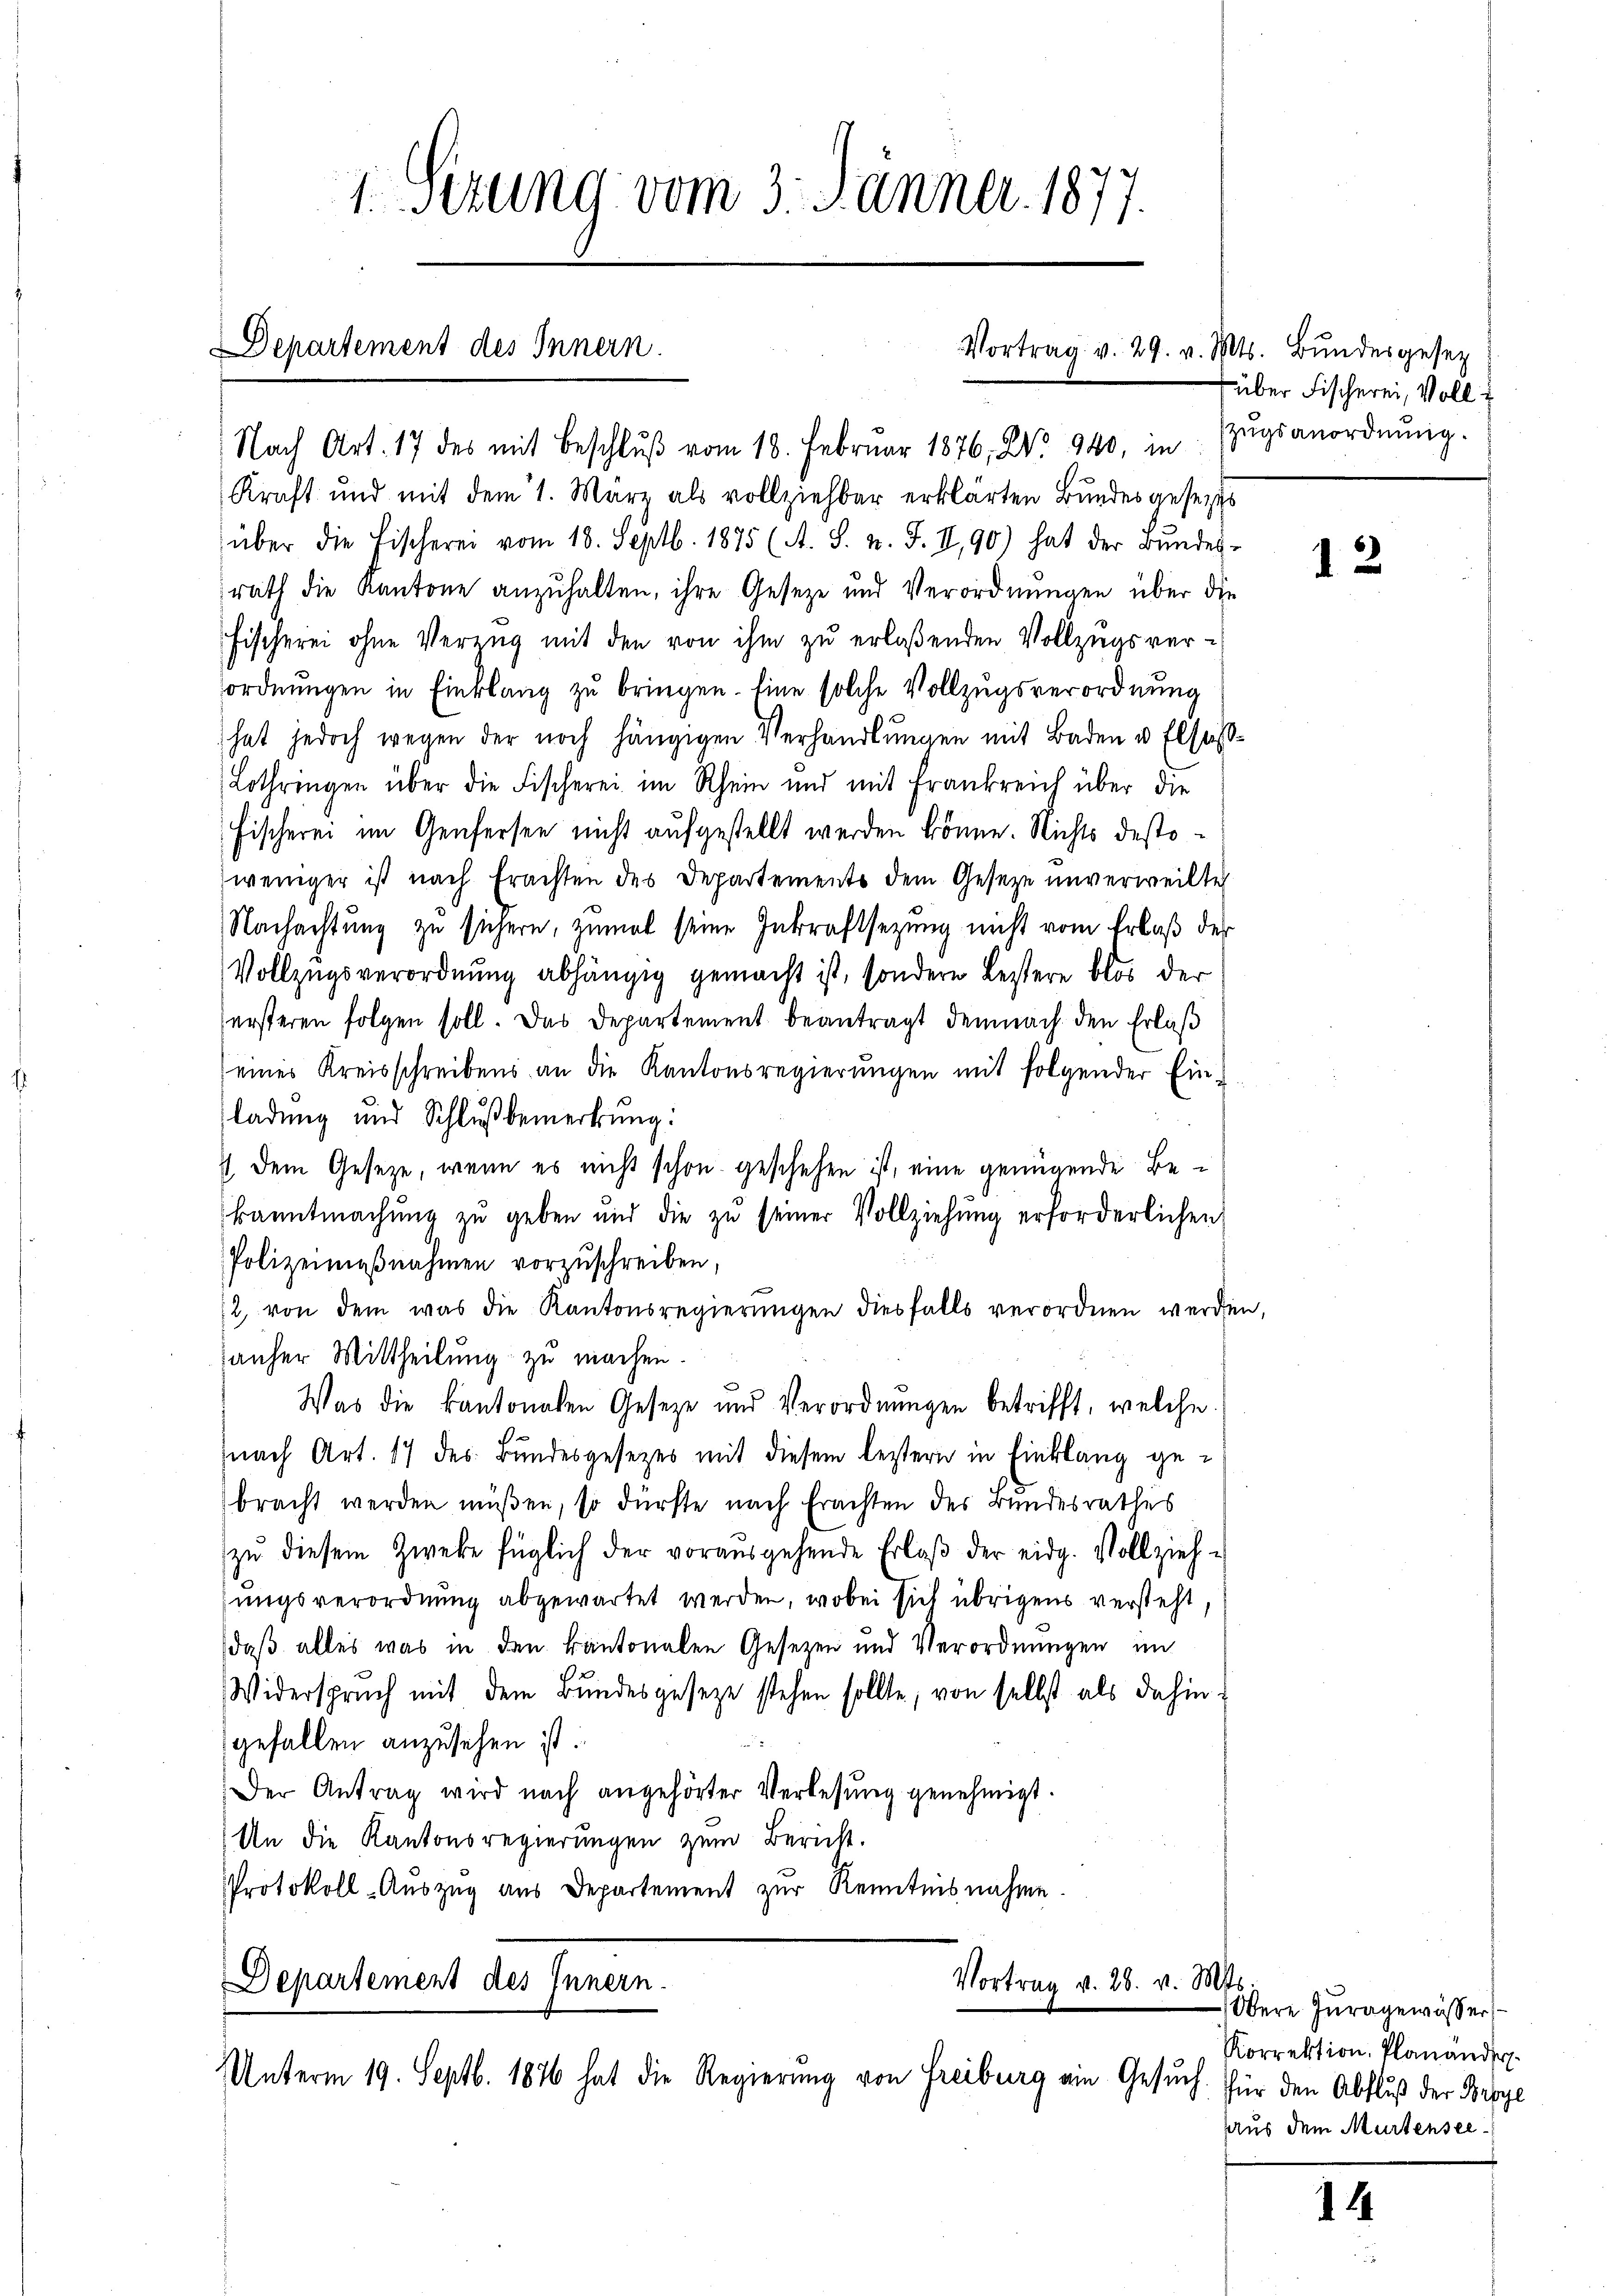
1 Sizung vom 3. Jänner 1877.

Departement des Innern.

Nach Art. 17 des mit Beschlŭβ vom 18. Febrŭar 1876. No. 940, in Zŭgsanordnŭng.
Kraft und mit dem 1. März als vollziehbar erklärten Bŭndesgesezes
über die Fischerei vom 18. Septb. 1875 (A. S. n. F. II, 90) hat der Bŭndes-
rath die Kantone anzuhalten, ihre Geseze und Verordnungen über die
Fischerei ohne Verzug mit den von ihm zu erlaßenden Vollzugsverordnungen in Einklang zu bringen. Eine solche Vollzugsverordnung
hat jedoch wegen der noch hängigen Verhandlungen mit Baden u. Elsas¬
Lothringen über die Fischerei im Rhein und mit Frankreich über die
Fischerei im Genfersen nicht aufgestellt werden könne. Nichts destoweniger ist nach Erachten des Departements dem Geseze unverweilte
Nachachtung zu sichern, zumal seine Inkraftsetzung nicht vom Erlaß der
Vollzugsverordnung abhängig gemacht ist, sondern bestere blos der
ersteren folgen soll. Das Departement beantragt demnach den Erlaß
eines Kreisschreibens an die Kantonsregierungen mit folgender Ein-
ladung und Schlußbemerkung:
7 dem Geseze, wenn es nicht schon geschehen ist, eine genügende Bekanntmachŭng zŭ geben und die zŭ seiner Vollziehŭng erforderlichen
Polizeimaßnahmen vorzuschreiben,
2, von dem was die Kantonsregierŭngen diesfalls verordnen werden,
anher Mittheilung zu machen.
Was die kantonalen Geseze und Verordnungen betrifft, welche
nach Art. 17 des Bundesgesezes mit diesem leztern in Einklang gebracht werden müßen, so dürfte nach Erachten des Bundesrathes
zŭ diesem Zweke füglich der vorausgehende Erlaβ der eidg. Vollzieh-
sungsverordnung abgewartet werden, wobei sich übrigens versteht
daß alles was in den kantonalen Gesetzen und Verordnungen im
Widerspruch mit dem Bundesgeseze stehen sollte, von selbst als dahin:
gefallen anzusehen ist.
Der Antrag wird nach angehörter Verlesung genehmigt.
An die Kantonsregierungen zum Bericht.
Protokoll-Auszug aus Departement zur Kenntnisnahme.
Vortrag v. 28. v. Mts.
Departement des Innern.

Unterm 19. Septb. 1876 hat die Regierung von Freiburg ein Gesuch. Für den Abfluß der Freye

Vortrag v. 29. v. Mts. Bundergesetz

über Fischerei, Voll

12

Obere Juragewässer
Korrektion Planänder
aaus dem Murtensee¬

14